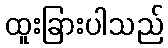
ထူးခြားပါသည်